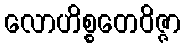
လောဟိစ္စတေဝိဇ္ဇာ